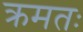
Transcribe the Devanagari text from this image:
क्रमतः